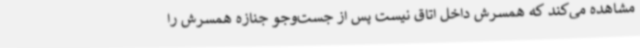
مشاهده می‌کند که همسرش داخل اتاق نیست پس از جست‌وجو جنازه همسرش را